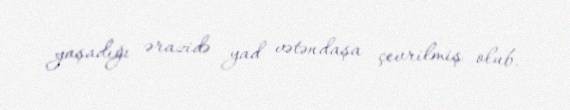
yaşadığı ərazidə yad vətəndaşa çevrilmiş olub.